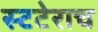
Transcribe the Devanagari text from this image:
स्टटेराच